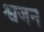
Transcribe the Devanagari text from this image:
श्वजन